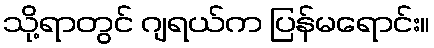
သို့ရာတွင် ဂျရယ်က ပြန်မရောင်း။